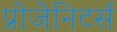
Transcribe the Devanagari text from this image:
प्रोजेनिटर्स